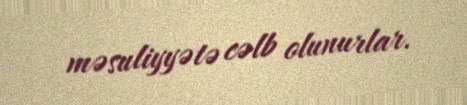
məsuliyyətə cəlb olunurlar.